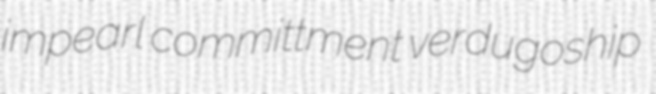
impearl committment verdugoship